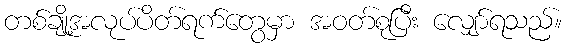
တစ်ချို့အလုပ်ပိတ်ရက်တွေမှာ အဝတ်စုပြီး လျှော်ရသည်။